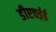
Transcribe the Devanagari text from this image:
डीएचईई